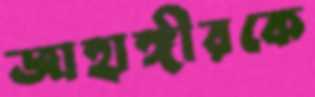
জাহাঙ্গীরকে